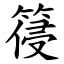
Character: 䈜